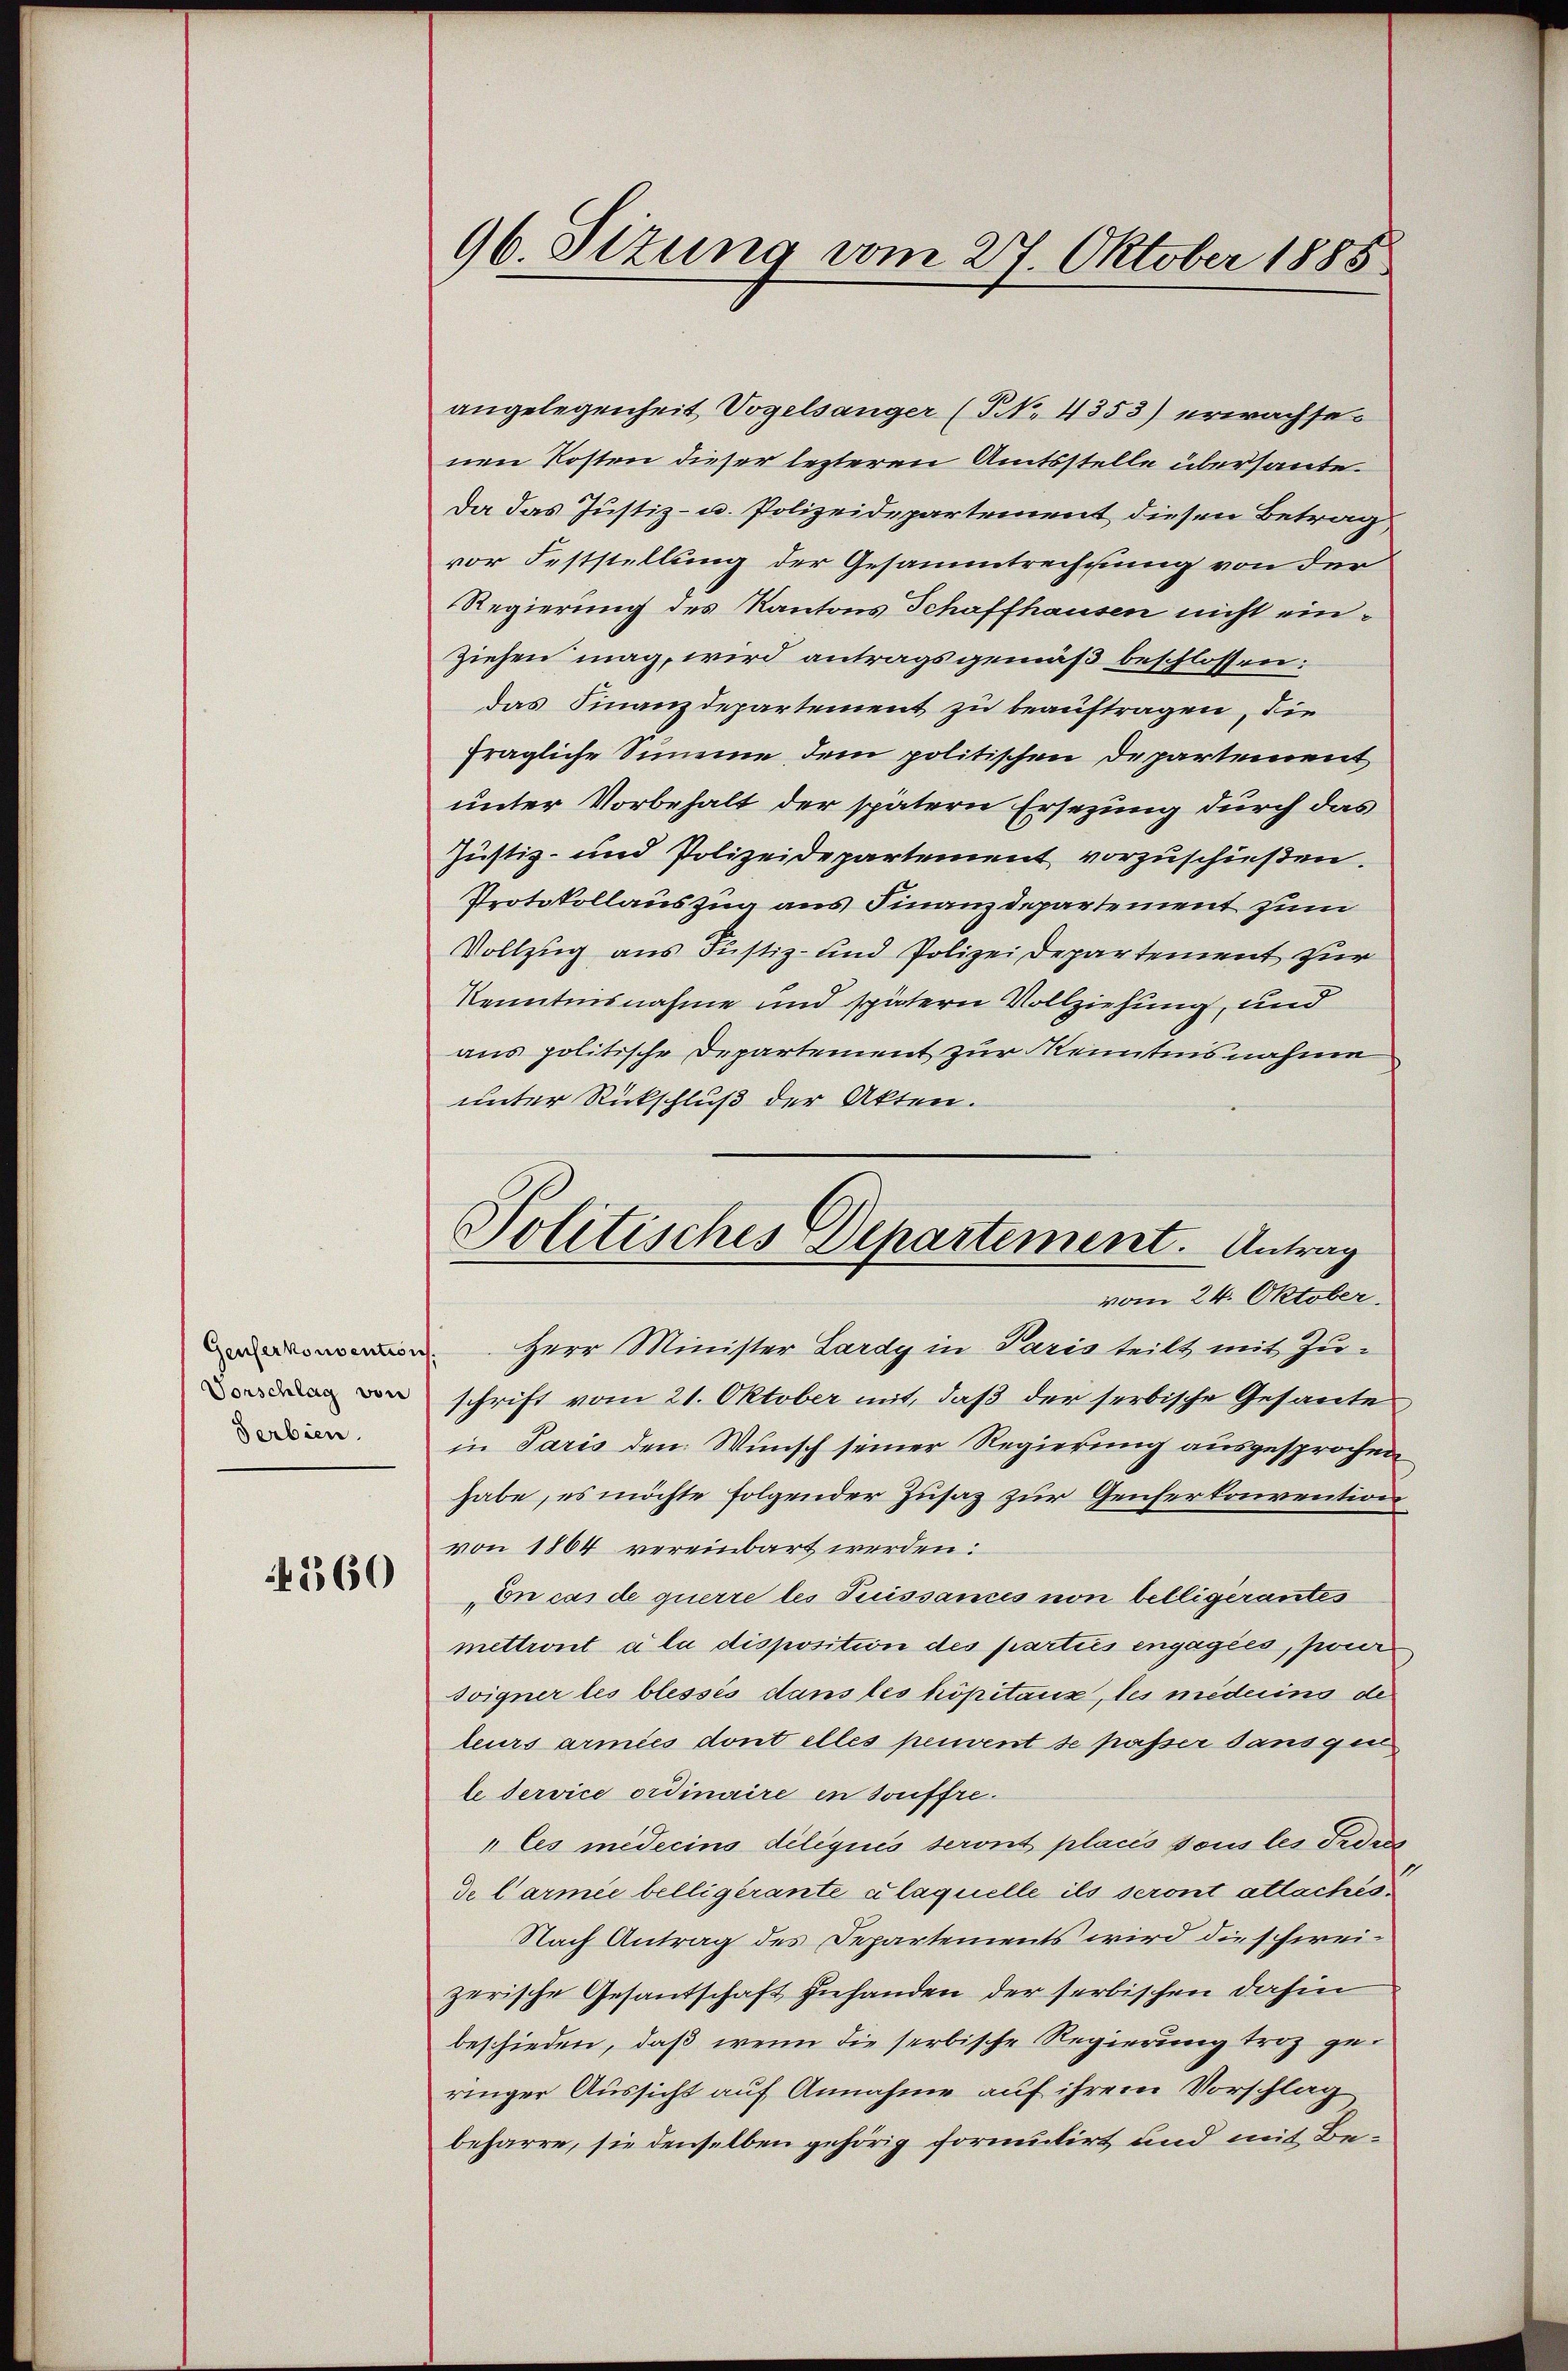
Genferkonsention
Vorschlag von
Serbien.

4360

96. Sizung vom 27. Oktober 1885

angelegenheit Vogelsanger (S. 4353) erwachsenen Kosten dieser lezteren Amtsstelle überhaute
Da das Justiz- u. Polizeidepartement diesen Betrag
vor Feststellung der Gesammtrechnung von der
Regierung des Kantons Schaffhausen nicht einziehen mag, wird antragsgemäß beschlossen:
das Finanzdepartement zu beauftragen, die
fragliche Simeme, dem politischen Departement
unter Vorbehalt der spätern Ersezung durch das
Justiz- und Polizeidepartement vorzuschießen.
Protokollauszug aus Finanzdepartement zum
Vollzug aus Justiz- und Polizei Departement zur
Kenntnisnahme und spätern Vollziehung, und
aus politische Departement zur Kenntnisnahme
unter Rückschluß der Akten.
Herr Minister Lardy in Paris teilt mit Zuschrift vom 21. Oktober mit, daß der serbische Gesante,
in Paris den Wunsch seiner Regierung ausgesprochen
habe, es möchte folgender Zusaz zur Genferkonvention
von 1864 vereinbart werden:
En cas de querre les Suissames von belligerantes
mettront a la disposition des parties engagies, pour
soigner les blessés dans les hôpitaux, les mederins de
leurs armies dont elles peuvent se passer dans gen
ledervice ordinaire en souffre
" les médecins délégués seront placis sous les Fedres
de Carmie belligerante u laquelle ils seront attachés¬
Nach Antrag des Departements wird die schweizerische Gesandschaft zuhanden der serbischen dahin
beschieden, daß wenn die serbische Regierung troz geringer Aussicht auf Annahme auf ihrem Vorschlag
beharre, sie denselben gehörig formulirt und mit Be¬

Politisches Departement. Antrag
vom 24. Oktober.